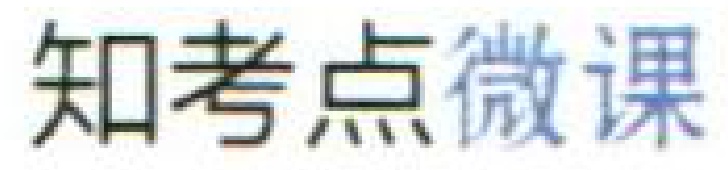
知考点微课